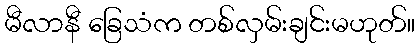
မီလာနီ ခြေသံက တစ်လှမ်းချင်းမဟုတ်။